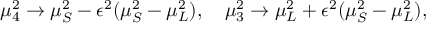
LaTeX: \mu _ { 4 } ^ { 2 } \rightarrow \mu _ { S } ^ { 2 } - \epsilon ^ { 2 } ( \mu _ { S } ^ { 2 } - \mu _ { L } ^ { 2 } ) , \quad \mu _ { 3 } ^ { 2 } \rightarrow \mu _ { L } ^ { 2 } + \epsilon ^ { 2 } ( \mu _ { S } ^ { 2 } - \mu _ { L } ^ { 2 } ) ,